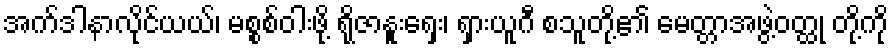
အက်ဒါနာလိုင်ယယ်၊ မစ္စစ်ဝါးဖို့ ရိုဇာနူးရှေး၊ ရှားယူဂီ စသူတို့၏ မေတ္တာအဖွဲ့ဝတ္ထု တို့ကို